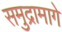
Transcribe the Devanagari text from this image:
समुद्रामागे